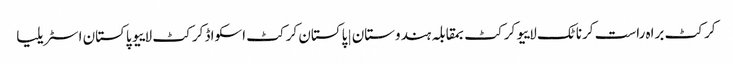
کرکٹ براہ راست کرناٹک لاییو کرکٹ بمقابلہ ہندوستان | پاکستان کرکٹ اسکواڈ کرکٹ لاییو پاکستان اسٹریلیا